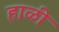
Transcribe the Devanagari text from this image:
हाळी